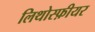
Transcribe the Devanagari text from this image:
लिथोस्फ़ीयर